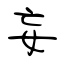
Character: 妄